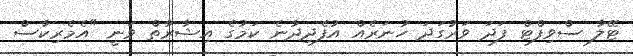
ޓޭލާ ސްވިފްޓް ފަދަ ވަރުގަދަ ހުނަރެއް އުފެދިދާނެ ކަމުގެ އިޝާރާތް ވަނީ "އެމެރިކާސް